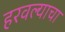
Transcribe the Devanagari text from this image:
हरवल्याचा